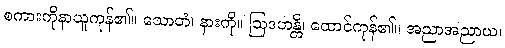
စကားကိုနာယူကုန်၏။ သောတံ၊ နားကို။ ဩဒဟန္တိ၊ ထောင်ကုန်၏။ အညာအညာယ၊